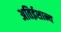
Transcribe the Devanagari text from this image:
अतिईशान्य